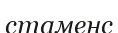
стаменс